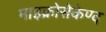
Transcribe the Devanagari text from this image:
माइक्रोसेकेण्द